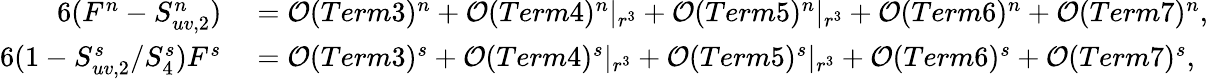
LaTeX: \begin{array}{rl}{{6(F^{n}-S_{uv,2}^{n})}}&{{}={\cal O}(Term3)^{n}+{\cal O}(Term4)^{n}|_{r^{3}}+{\cal O}(Term5)^{n}|_{r^{3}}+{\cal O}(Term6)^{n}+{\cal O}(Term7)^{n},}\\ {{6(1-S_{uv,2}^{s}/S_{4}^{s})F^{s}}}&{{}={\cal O}(Term3)^{s}+{\cal O}(Term4)^{s}|_{r^{3}}+{\cal O}(Term5)^{s}|_{r^{3}}+{\cal O}(Term6)^{s}+{\cal O}(Term7)^{s},}\end{array}